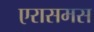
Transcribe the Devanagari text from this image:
एरासमस